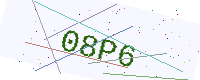
Text: 08P6